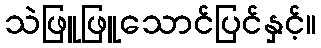
သဲဖြူဖြူသောင်ပြင်နှင့်။